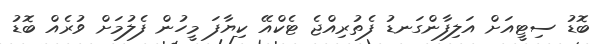
ބޮޑު ސިޓީއަށް އަލިފާންގަނޑު ފެތުރިއްޖެ ޓެކްއޭ ކިޔާފަ މީހުން ފެލުމަށް ވުރެއް ބޮޑު